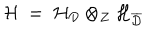
{ \mathcal H } \ = \ { \mathcal H } _ { { \mathcal D } } \otimes _ { { \mathcal Z } } { \mathcal H } _ { \overline { { { { \mathcal D } } } } }